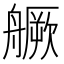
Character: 𦪘